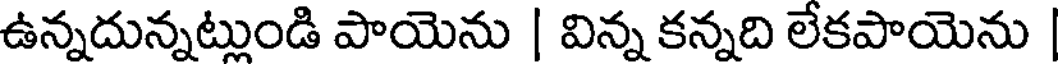
ఉన్నదున్నట్లుండి పాయెను | విన్న కన్నది లేకపాయెను